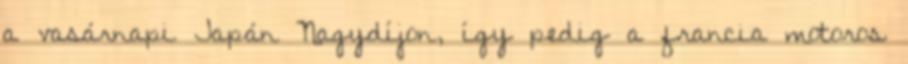
a vasárnapi Japán Nagydíjon, így pedig a francia motoros